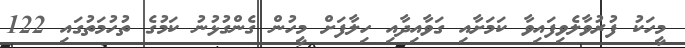
މީހަކު ފުރުވާލެވިފައިވާ ކަަމަށާއި ގަވާއިދާއި ހިލާފަށް މީހުން ގެންގުޅުނު ކަމުގެ ތުހުމަތުގައި 122